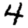
Digit: 4